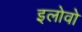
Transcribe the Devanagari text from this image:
इलोवो